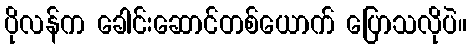
ပိုလန်က ခေါင်းဆောင်တစ်ယောက် ပြောသလိုပဲ။